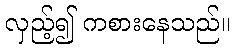
လှည့်၍ ကစားနေသည်။